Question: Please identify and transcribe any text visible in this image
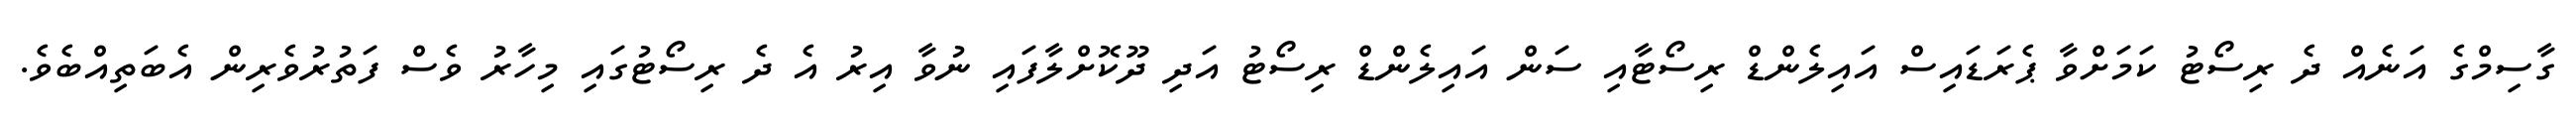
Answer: ގާސިމްގެ އަނެއް ދެ ރިސޯޓު ކަމަށްވާ ޕެރަޑައިސް އައިލެންޑް ރިސޯޓާއި ސަން އައިލެންޑް ރިސޯޓު އަދި ދޫކޮށްލާފައި ނުވާ އިރު އެ ދެ ރިސޯޓުގައި މިހާރު ވެސް ފަތުރުވެރިން އެބަތިއްބެވެ.